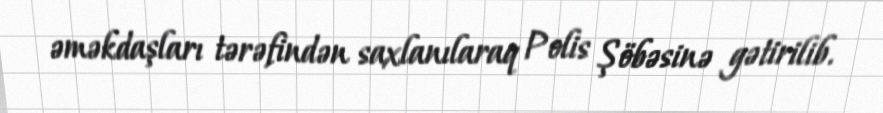
əməkdaşları tərəfindən saxlanılaraq Polis Şöbəsinə gətirilib.